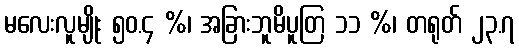
မလေးလူမျိုး ၅၀.၄ %၊ အခြားဘူမိပူတြ ၁၁ %၊ တရုတ် ၂၃.၇